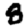
Digit: 8